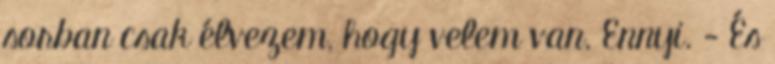
sorban csak élvezem, hogy velem van. Ennyi. - És